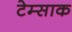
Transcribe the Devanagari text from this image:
टेम्साक